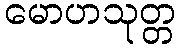
မောဟသုတ္တ